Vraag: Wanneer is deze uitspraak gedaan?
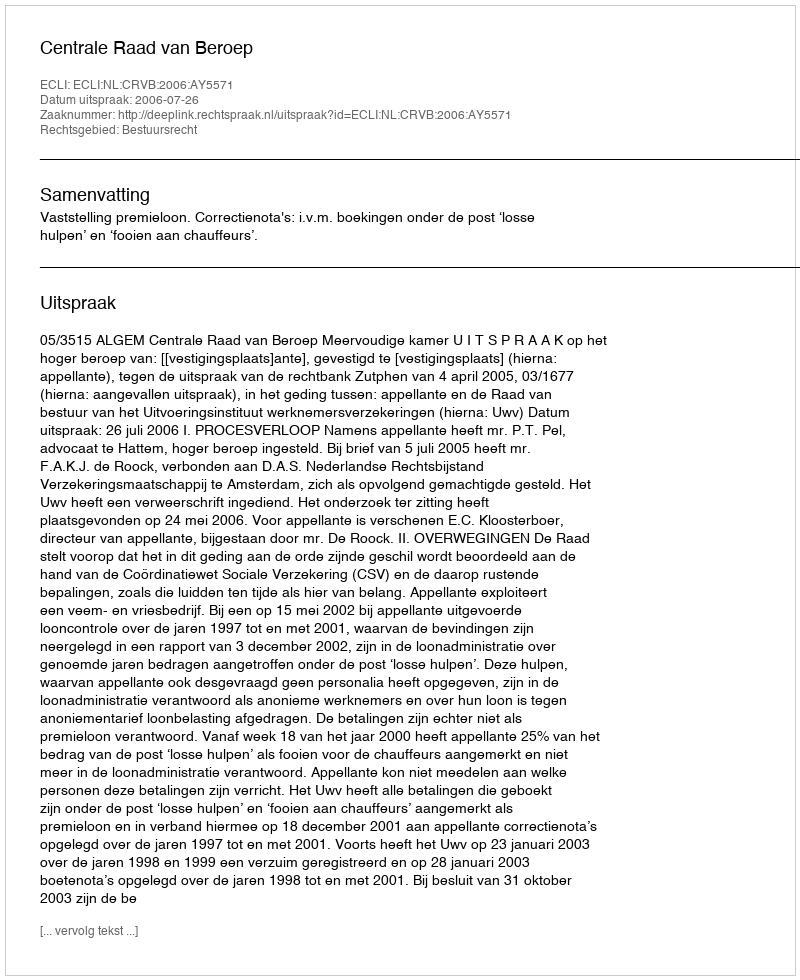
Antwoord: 2006-07-26